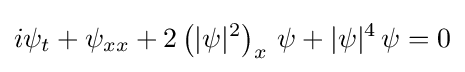
i\psi _{t}+\psi _{xx}+2\left(|\psi |^{2}\right)_{x}\,\psi +|\psi |^{4}\,\psi =0